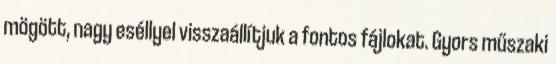
mögött, nagy eséllyel visszaállítjuk a fontos fájlokat. Gyors műszaki